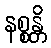
နစ္စန္တိ